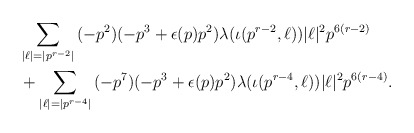
\begin{align*}&\sum_{|\ell| = |p^{r-2}|}{(-p^2)(-p^3+\epsilon(p)p^2)\lambda(\iota(p^{r-2}, \ell))|\ell|^2p^{6(r-2)}} \\&+ \sum_{|\ell| = |p^{r-4}|}{(-p^7)(-p^3+\epsilon(p)p^2)\lambda(\iota(p^{r-4}, \ell))|\ell|^2p^{6(r-4)}}. \end{align*}